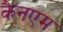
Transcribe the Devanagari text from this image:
कैनएम